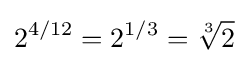
2^{4/12}=2^{1/3}={\sqrt[{3}]{2}}